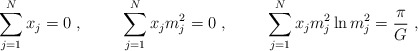
\begin{align*}\sum_{j=1}^{N}x_j=0~,\hskip 1cm\sum_{j=1}^{N}x_jm_j^2=0~,\hskip 1cm\sum_{j=1}^{N}x_j m_j^2\ln m_j^2={\pi \over G}~,\end{align*}